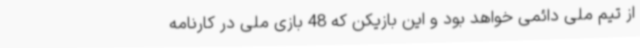
از تیم ملی دائمی خواهد بود و این بازیکن که 48 بازی ملی در کارنامه